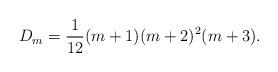
LaTeX: \begin{align*}D_m = \frac{1}{12}(m+1)(m+2)^{2}(m+3).\end{align*}